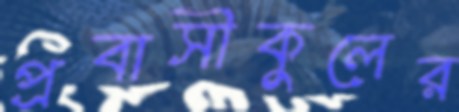
প্রবাসীকুলের